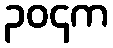
၃၀၄က